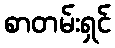
စာတမ်းရှင်